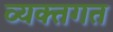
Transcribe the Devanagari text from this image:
व्यक्तगत